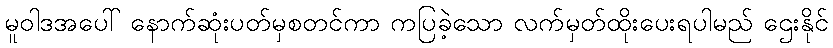
မူဝါဒအပေါ် နောက်ဆုံးပတ်မှစတင်ကာ ကပြခဲ့သော လက်မှတ်ထိုးပေးရပါမည် ဌေးနိုင်